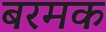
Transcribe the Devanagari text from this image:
बरमक